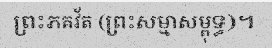
ព្រះភគវ័ត (ព្រះសម្មាសម្ពុទ្ធ)។